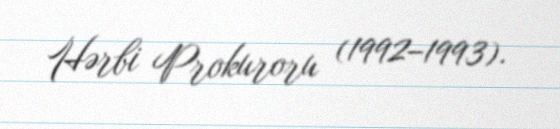
Hərbi Prokuroru (1992–1993).